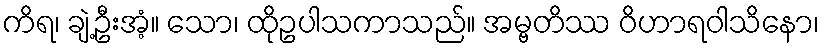
ကိရ၊ ချဲ့ဦးအံ့။ သော၊ ထိုဥပါသကာသည်။ အမ္ဗတိဿ ဝိဟာရဝါသိနော၊